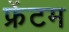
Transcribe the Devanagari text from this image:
फ्रेंटम